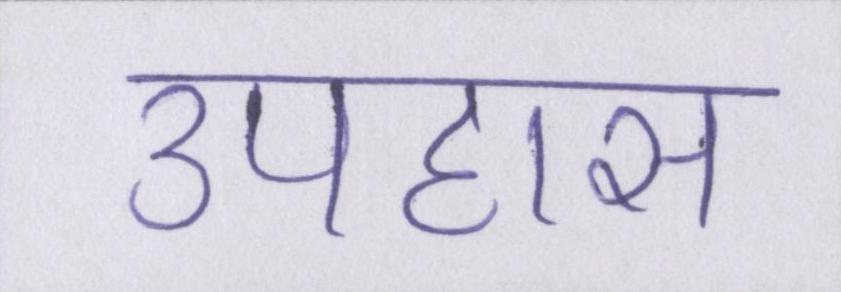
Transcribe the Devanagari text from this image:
उपहास